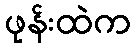
ဖုန်းထဲက